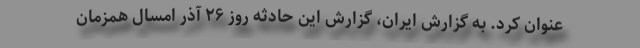
عنوان کرد. به گزارش ایران، گزارش این حادثه روز ۲۶ آذر امسال همزمان